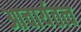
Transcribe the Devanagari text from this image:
आचार्यतत्व